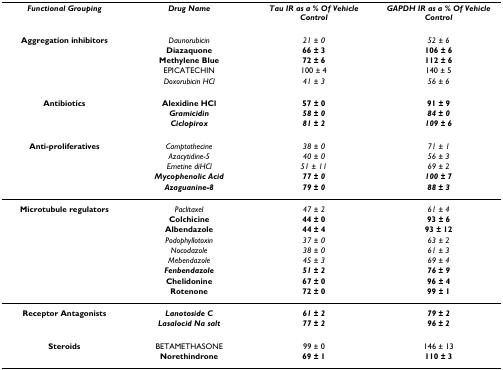
| Functional Grouping | Drug Name | Tau IR as a % Of Vehicle Control | GAPDH IR as a % Of Vehicle Control |
 | --- | --- | --- | --- |
 | Aggregation inhibitors | Daunorubicin | 21 ± 0 | 52 ± 6 |
 |  | Diazaquone | 66 ± 3 | 106 ± 6 |
 |  | Methylene Blue | 72 ± 6 | 112 ± 6 |
 |  | EPICATECHIN | 100 ± 4 | 140 ± 5 |
 |  | Doxorubicin HCl | 41 ± 3 | 56 ± 6 |
 | Antibiotics | Alexidine HCl | 57 ± 0 | 91 ± 9 |
 |  | Gramicidin | 58 ± 0 | 84 ± 0 |
 |  | Ciclopirox | 81 ± 2 | 109 ± 6 |
 | Anti-proliferatives | Camptothecine | 38 ± 0 | 71 ± 1 |
 |  | Azacytidine-5 | 40 ± 0 | 56 ± 3 |
 |  | Emetine diHCl | 51 ± 11 | 69 ± 2 |
 |  | Mycophenolic Acid | 77 ± 0 | 100 ± 7 |
 |  | Azaguanine-8 | 79 ± 0 | 88 ± 3 |
 | Microtubule regulators | Paclitaxel | 47 ± 2 | 61 ± 4 |
 |  | Colchicine | 44 ± 0 | 93 ± 6 |
 |  | Albendazole | 44 ± 4 | 93 ± 12 |
 |  | Podophyllotoxin | 37 ± 0 | 63 ± 2 |
 |  | Nocodazole | 38 ± 0 | 61 ± 3 |
 |  | Mebendazole | 45 ± 3 | 69 ± 4 |
 |  | Fenbendazole | 51 ± 2 | 76 ± 9 |
 |  | Chelidonine | 67 ± 0 | 96 ± 4 |
 |  | Rotenone | 72 ± 0 | 99 ± 1 |
 | Receptor Antagonists | Lanotoside C | 61 ± 2 | 79 ± 2 |
 |  | Lasalocid Na salt | 77 ± 2 | 96 ± 2 |
 | Steroids | BETAMETHASONE | 99 ± 0 | 146 ± 13 |
 |  | Norethindrone | 69 ± 1 | 110 ± 3 |